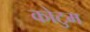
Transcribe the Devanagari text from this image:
कोटुम